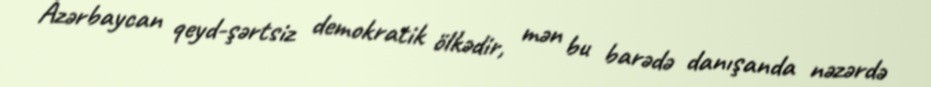
Azərbaycan qeyd-şərtsiz demokratik ölkədir, mən bu barədə danışanda nəzərdə